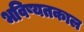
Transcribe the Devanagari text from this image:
भविष्यतकाल